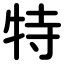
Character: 特